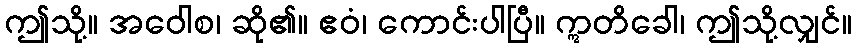
ဤသို့။ အဝေါစ၊ ဆို၏။ ဧဝံ၊ ကောင်းပါပြီ။ ဣတိခေါ၊ ဤသို့လျှင်။